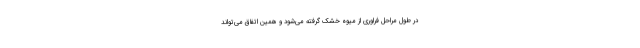
در طول مراحل فراوری از میوه خشک گرفته می‌شود و همین اتفاق می‌تواند